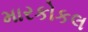
મારકોકલ